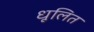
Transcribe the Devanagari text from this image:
धूलित